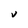
Character: V